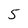
Character: 5